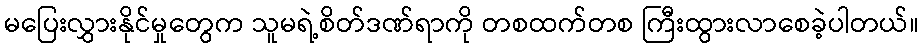
မပြေးလွှားနိုင်မှုတွေက သူမရဲ့စိတ်ဒဏ်ရာကို တစထက်တစ ကြီးထွားလာစေခဲ့ပါတယ်။